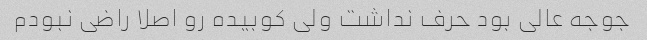
جوجه عالی بود حرف نداشت ولی کوبیده رو اصلا راضی نبودم